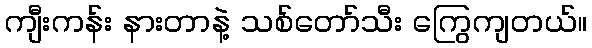
ကျီးကန်း နားတာနဲ့ သစ်တော်သီး ကြွေကျတယ်။